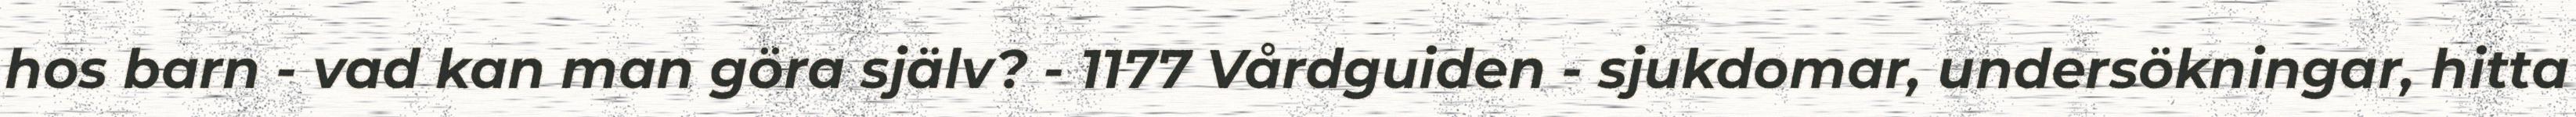
hos barn - vad kan man göra själv? - 1177 Vårdguiden - sjukdomar, undersökningar, hitta